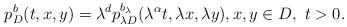
\begin{align*}p^{b}_{D}(t,x,y)=\lambda^{d}p^{b_{\lambda}}_{\lambda D}(\lambda^{\alpha}t,\lambda x,\lambda y), x,y\in D,\ t>0.\end{align*}